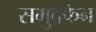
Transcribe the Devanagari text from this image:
समुद्रफेन